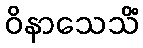
ဝိနာသေသိံ